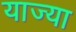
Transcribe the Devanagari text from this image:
याज्या